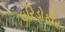
ઇરિડોફોર